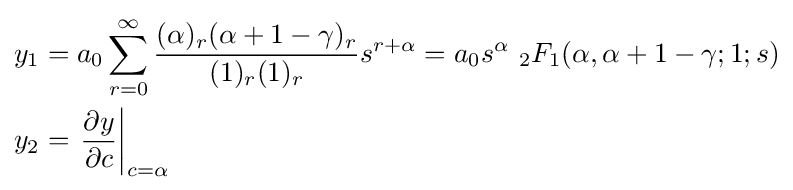
{\begin{aligned}y_{1}&=a_{0}\sum _{r=0}^{\infty }{{\frac {(\alpha )_{r}(\alpha +1-\gamma )_{r}}{(1)_{r}(1)_{r}}}s^{r+\alpha }}=a_{0}s^{\alpha }\ {}_{2}F_{1}(\alpha ,\alpha +1-\gamma ;1;s)\\y_{2}&=\left.{\frac {\partial y}{\partial c}}\right|_{c=\alpha }\end{aligned}}